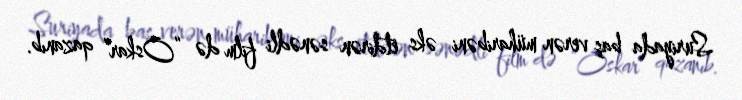
Suriyada baş verən müharibəni əks etdirən sənədli film də “Oskar” qazanıb.